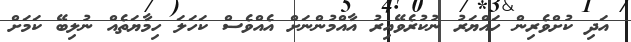
އަދި ކުށްވެރިން ހައްޔަރު ނުކުރެވޭއިރު އާއްމުންނަށް އެއްވެސް ކަަހަލަ ހިމާޔަތެއް ނުލިބޭ ކަމަށް